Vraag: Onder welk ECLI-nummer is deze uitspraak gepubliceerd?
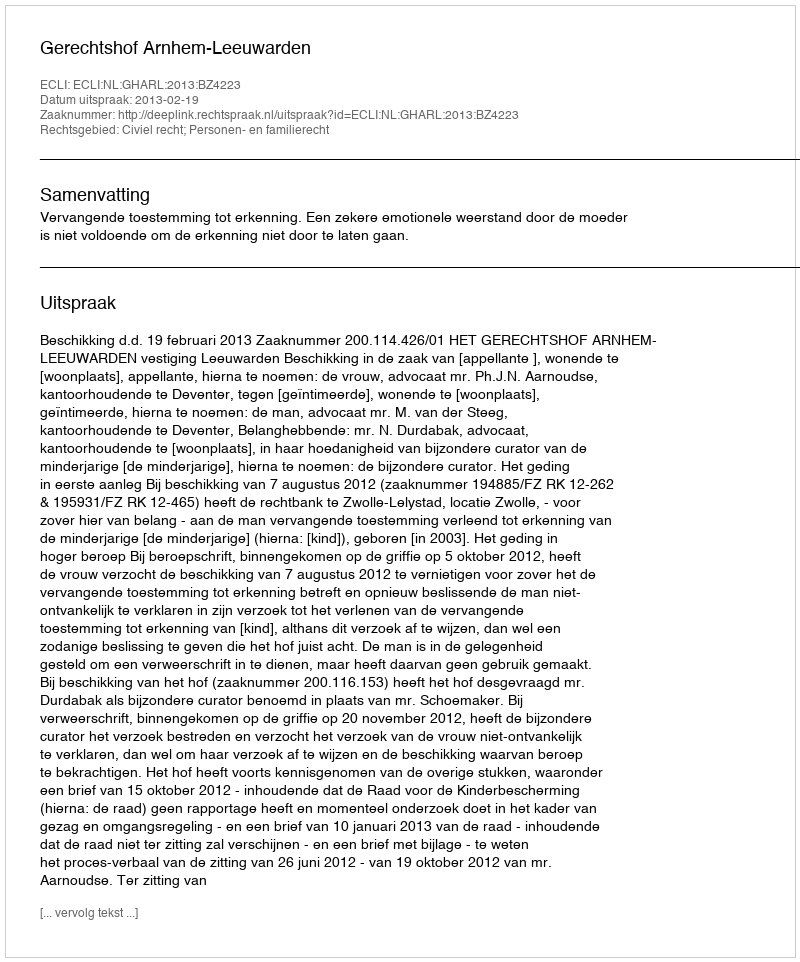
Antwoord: ECLI:NL:GHARL:2013:BZ4223